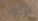
الأكواب